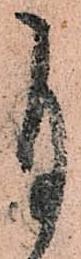
自